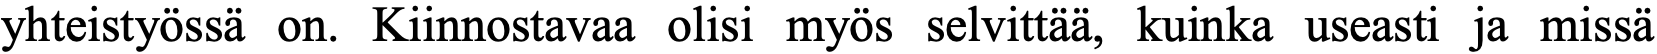
yhteistyössä on. Kiinnostavaa olisi myös selvittää, kuinka useasti ja missä